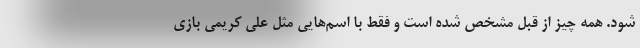
شود. همه چیز از قبل مشخص شده است و فقط با اسم‌هایی مثل علی کریمی بازی